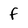
Character: f